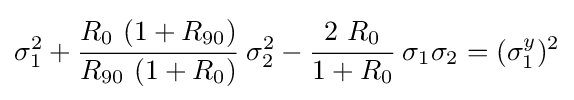
\sigma _{1}^{2}+{\cfrac {R_{0}~(1+R_{90})}{R_{90}~(1+R_{0})}}~\sigma _{2}^{2}-{\cfrac {2~R_{0}}{1+R_{0}}}~\sigma _{1}\sigma _{2}=(\sigma _{1}^{y})^{2}